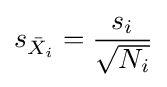
s_{{\bar {X}}_{i}}={\frac {s_{i}}{\sqrt {N_{i}}}}